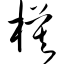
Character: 模